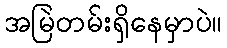
အမြဲတမ်းရှိနေမှာပဲ။